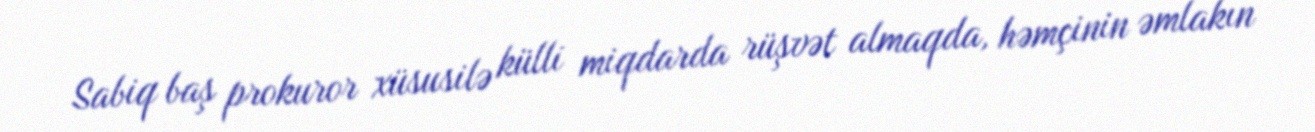
Sabiq baş prokuror xüsusilə külli miqdarda rüşvət almaqda, həmçinin əmlakın